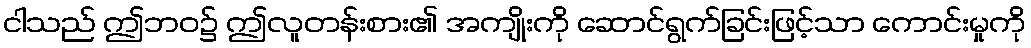
ငါသည် ဤဘဝ၌ ဤလူတန်းစား၏ အကျိုးကို ဆောင်ရွက်ခြင်းဖြင့်သာ ကောင်းမှုကို